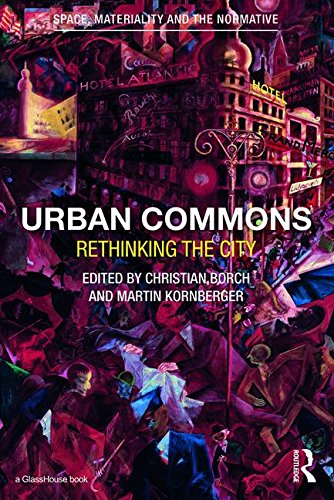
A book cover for Urban Commons: Rethinking the City (Space, Materiality and the Normative); Law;